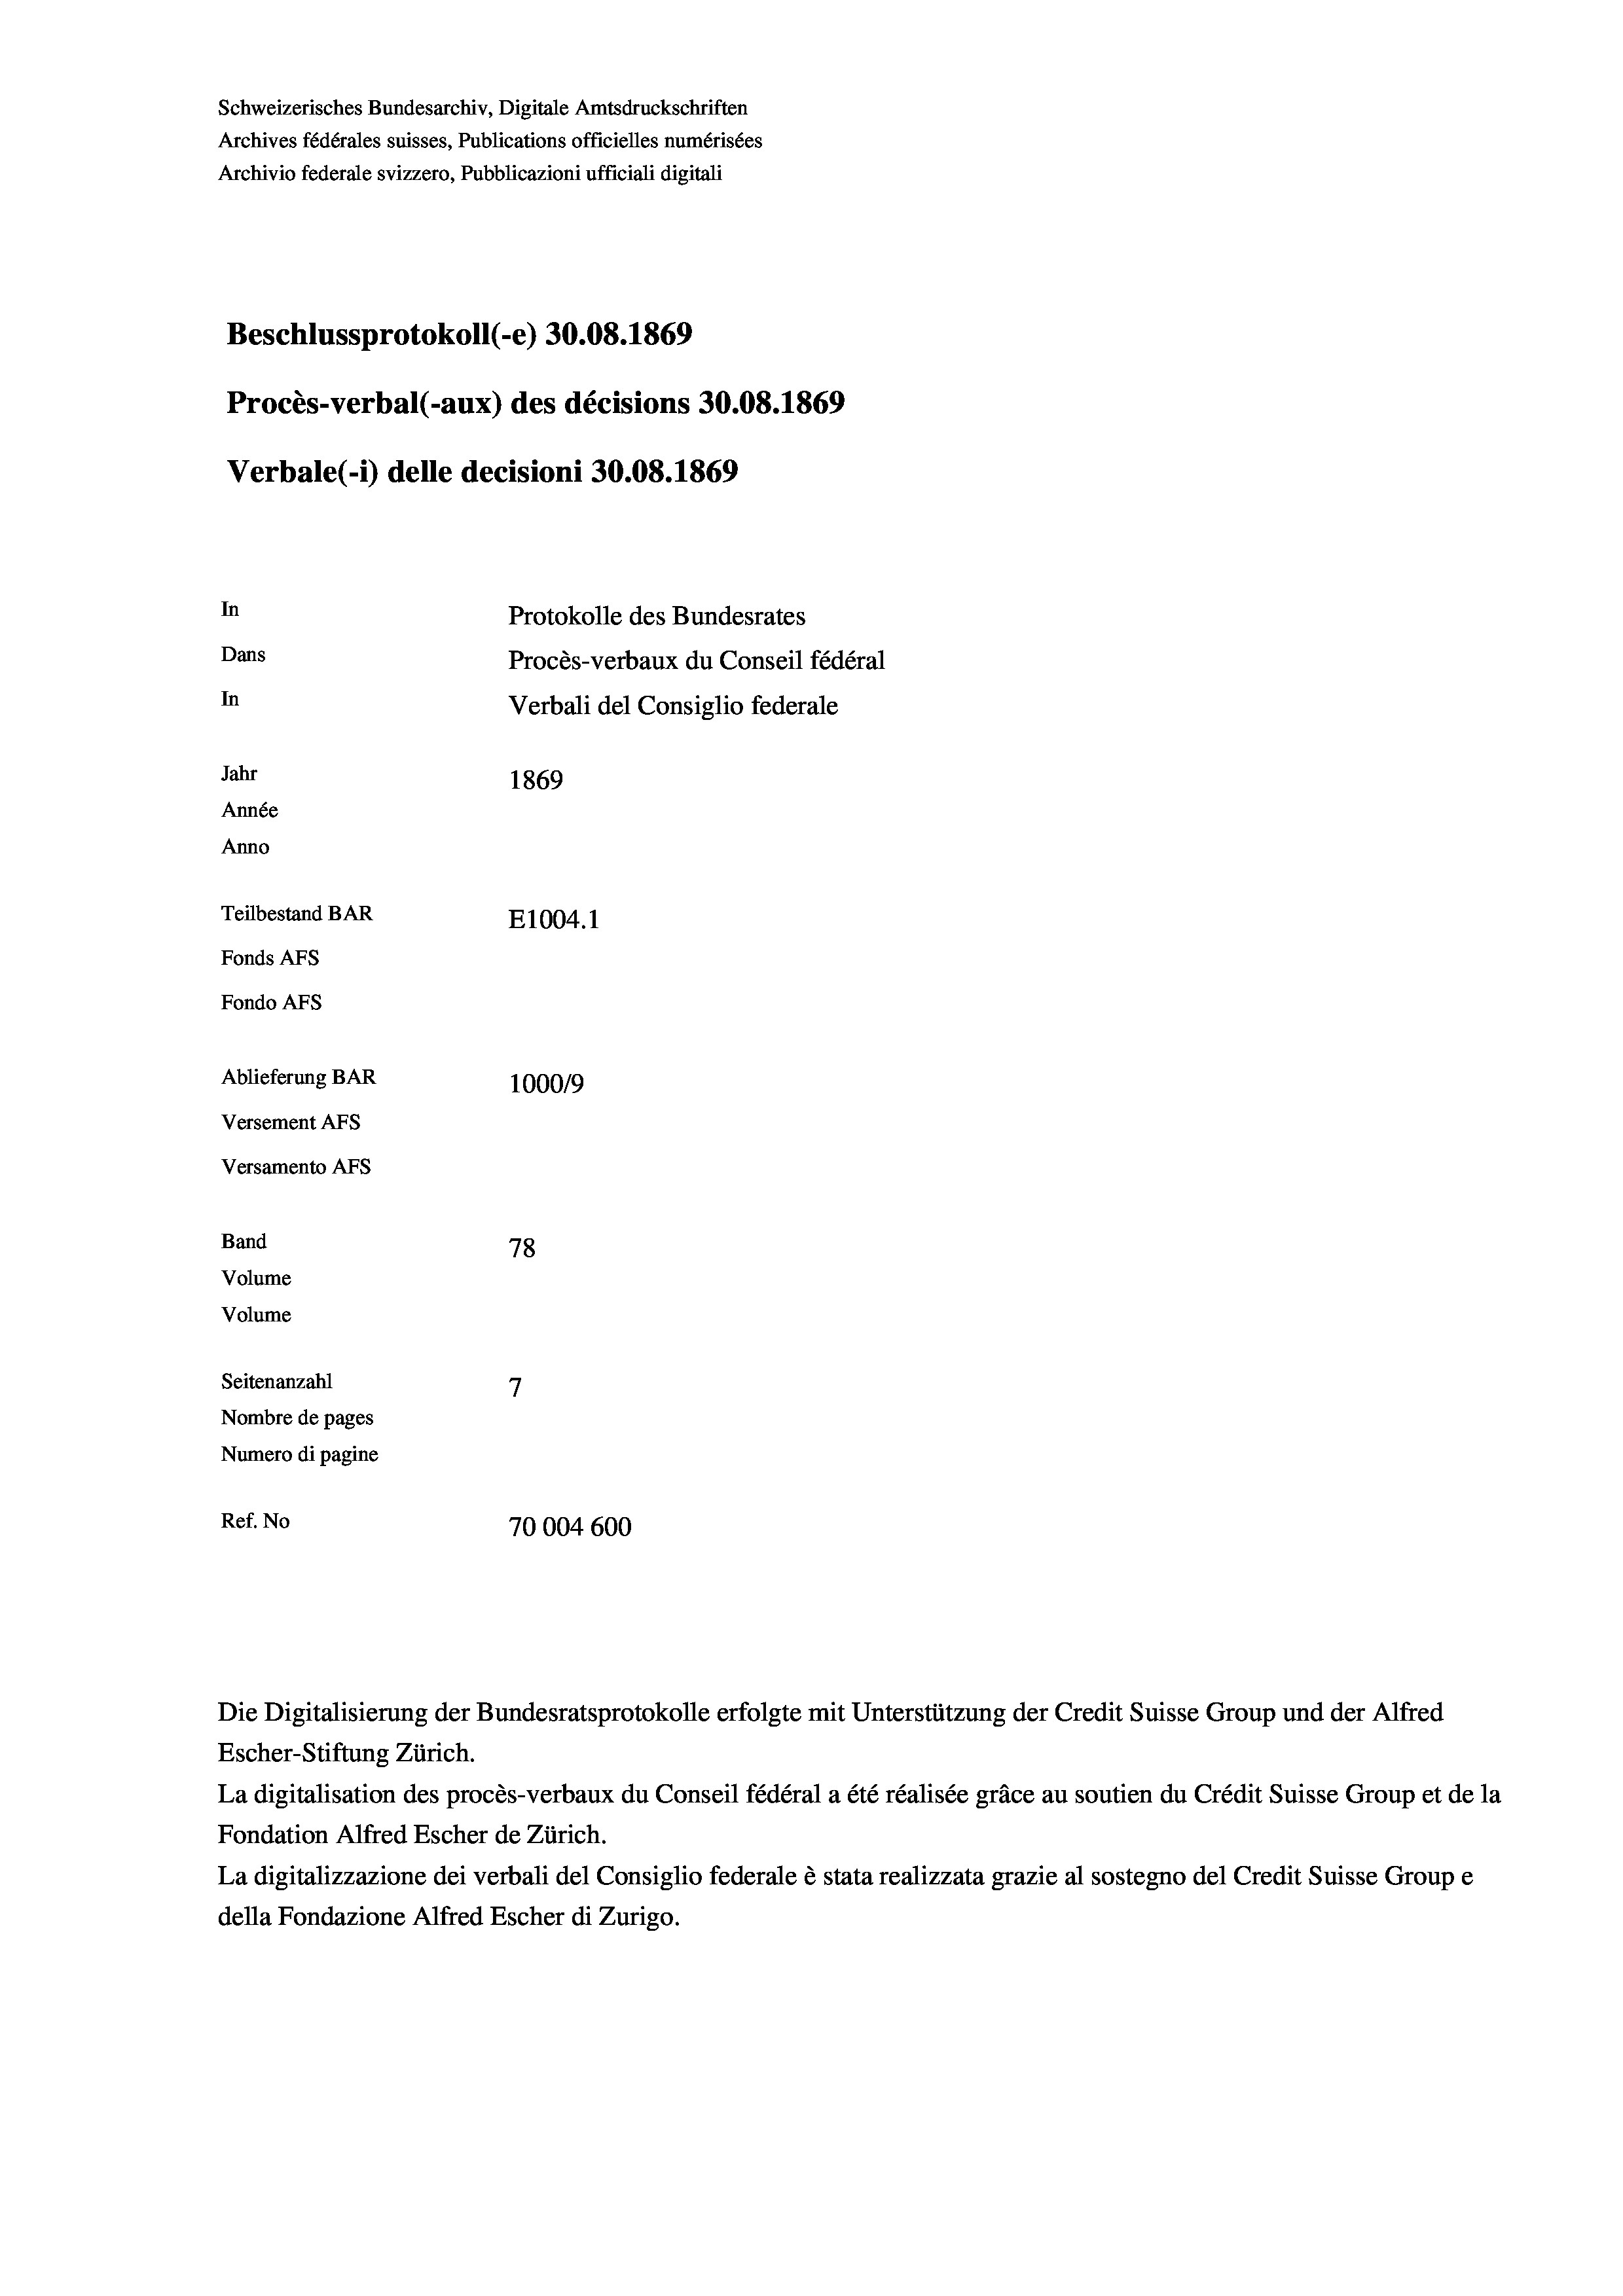
Schweizerisches Bundesarchiv, Digitale Amtsdruckschriften
Archives fédérales suisses, Publications officielles numérisées
Archivio federale svizzero, Pubblicazioni ufficiali digitali
Beschlussprotokoll (-e) 30.08. 1869
Procès-verbal (-aux) des décisions 30.08.1869
Verbale (i) delle decisioni 30.08. 1869
In
Protokolle des Bundesrates
Dans
Procès-verbaux du Conseil fédéral
In
Verbali del Consiglio federale
Jahr
1869
Année
Anno
Teilbestand BAR
E1004. 1
Fonds Afs
Fondo AFs
Ablieferung BAR
1000/9
Versement AFS
Versamento AFS
Band
78
Volume
Volume
7
Seitenanzahl
Nombre de pages
Numero di pagine
Ref. No
70004600

Escher-Stiftung Zürich.
La digitalisation des procès-verbaux du Conseil fédéral a été réalisée gräce au soutien du Crédit Suisse Group et de la
Fondation Alfred Escher de Zürich.
La digitalizzazione dei verbali del Consiglio federale è stata realizzata grazie al sostegno del Credit Suisse Groupe
della Fondazione Alfred Escher di Zurigo.

Die Digitalisierung der Bundesratsprotokolle erfolgte mit Unterstützung der Credit Suisse Group und der Alfred